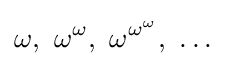
\omega ,\ \omega ^{\omega },\ \omega ^{\omega ^{\omega }},\ \ldots